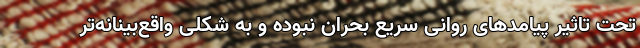
تحت تاثیر پیامدهای روانی سریع بحران نبوده و به شکلی واقع‌بینانه‌تر